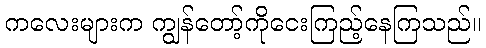
ကလေးများက ကျွန်တော့်ကိုငေးကြည့်နေကြသည်။